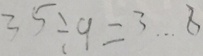
3 5 \div 9 = 3 \cdots 8